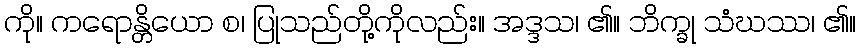
ကို။ ကရောန္တိယော စ၊ ပြုသည်တို့ကိုလည်း။ အဒ္ဒသ၊ ၏။ ဘိက္ခု သံဃဿ၊ ၏။